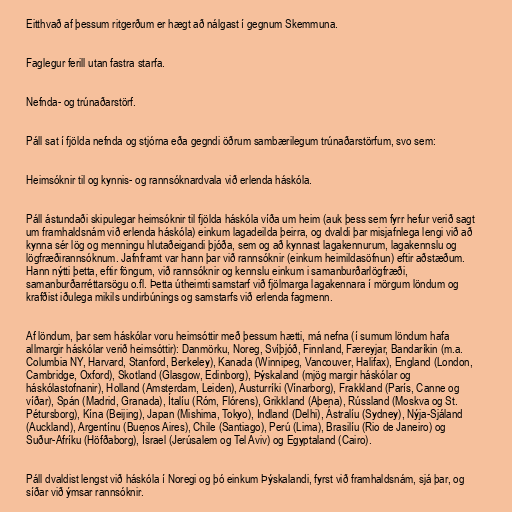
Eitthvað af þessum ritgerðum er hægt að nálgast í gegnum Skemmuna.

Faglegur ferill utan fastra starfa.

Nefnda- og trúnaðarstörf.

Páll sat í fjölda nefnda og stjórna eða gegndi öðrum sambærilegum trúnaðarstörfum, svo sem:

Heimsóknir til og kynnis- og rannsóknardvala við erlenda háskóla.

Páll ástundaði skipulegar heimsóknir til fjölda háskóla víða um heim (auk þess sem fyrr hefur verið sagt
um framhaldsnám við erlenda háskóla) einkum lagadeilda þeirra, og dvaldi þar misjafnlega lengi við að
kynna sér lög og menningu hlutaðeigandi þjóða, sem og að kynnast lagakennurum, lagakennslu og
lögfræðirannsóknum. Jafnframt var hann þar við rannsóknir (einkum heimildasöfnun) eftir aðstæðum.
Hann nýtti þetta, eftir föngum, við rannsóknir og kennslu einkum i samanburðarlögfræði,
samanburðarréttarsögu o.fl. Þetta útheimti samstarf við fjölmarga lagakennara í mörgum löndum og
krafðist iðulega mikils undirbúnings og samstarfs við erlenda fagmenn.

Af löndum, þar sem háskólar voru heimsóttir með þessum hætti, má nefna (í sumum löndum hafa
allmargir háskólar verið heimsóttir): Danmörku, Noreg, Svíþjóð, Finnland, Færeyjar, Bandaríkin (m.a.
Columbia NY, Harvard, Stanford, Berkeley), Kanada (Winnipeg, Vancouver, Halifax), England (London,
Cambridge, Oxford), Skotland (Glasgow, Edinborg), Þýskaland (mjög margir háskólar og
háskólastofnanir), Holland (Amsterdam, Leiden), Austurríki (Vínarborg), Frakkland (París, Canne og
víðar), Spán (Madrid, Granada), Ítalíu (Róm, Flórens), Grikkland (Aþena), Rússland (Moskva og St.
Pétursborg), Kína (Beijing), Japan (Mishima, Tokyo), Indland (Delhi), Ástralíu (Sydney), Nýja-Sjáland
(Auckland), Argentínu (Buenos Aires), Chile (Santiago), Perú (Lima), Brasilíu (Rio de Janeiro) og
Suður-Afríku (Höfðaborg), Ísrael (Jerúsalem og Tel Aviv) og Egyptaland (Cairo).

Páll dvaldist lengst við háskóla í Noregi og þó einkum Þýskalandi, fyrst við framhaldsnám, sjá þar, og
síðar við ýmsar rannsóknir.